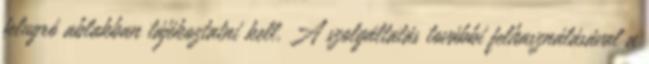
felugró ablakban tájékoztatni kell. A szolgáltatás további felhasználásával a